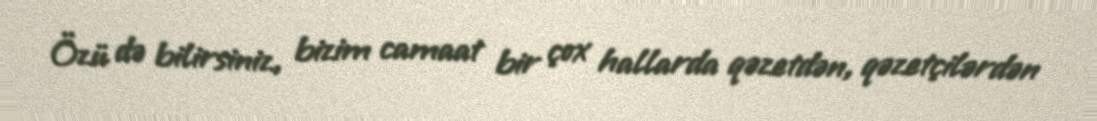
Özü də bilirsiniz, bizim camaat bir çox hallarda qəzetdən, qəzetçilərdən